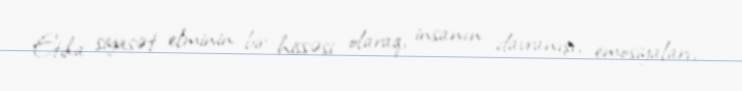
Etika siyasət elminin bir hissəsi olaraq, insanın davranışı, emosiyaları,